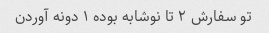
تو سفارش ۲ تا نوشابه بوده ۱ دونه آوردن